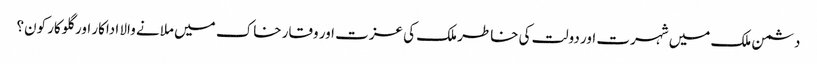
دشمن ملک میں شہرت اور دولت کی خاطر ملک کی عزت اور وقار خاک میں ملانے والا اداکار اور گلوکار کون؟